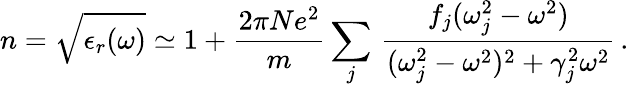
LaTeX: n=\sqrt{\epsilon_{r}(\omega)}\simeq 1+\frac{2\pi Ne^{2}}{m}\sum_{j}\, \frac{f_{j}(\omega_{j}^{2}-\omega^{2})}{(\omega_{j}^{2}-\omega^{2})^{2}+\gamma_{j}^{2}\omega^{2}}\, .